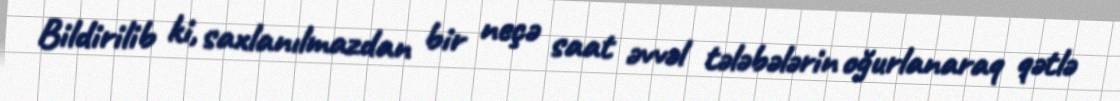
Bildirilib ki, saxlanılmazdan bir neçə saat əvvəl tələbələrin oğurlanaraq qətlə